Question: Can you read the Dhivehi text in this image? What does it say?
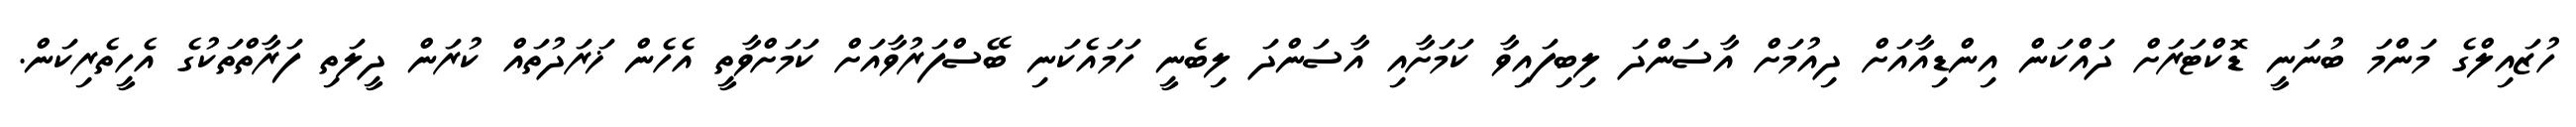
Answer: ހުޒައިލްގެ މަންމަ ބުނަނީ ޑޮކްޓަރަށް ދައްކަން އިންޑިއާއަށް ދިއުމަށް އާސަންދަ ލިބިފައިވާ ކަމަށާއި އާސަންދަ ލިބެނީ ހަމައެކަނި ބޭސްފަރުވާއަށް ކަމަށްވާތީ އެހެން ޚަރަދުތައް ކުރަން ދީލަތި ފަރާތްތަކުގެ އެހީތެރިކަން.